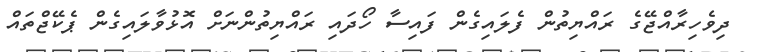
ދިވެހިރާއްޖޭގެ ރައްޔިތުން ފެލައިގެން ފައިސާ ހޯދައި ރައްޔިތުންނަށް އޮޅުވާލައިގެން ޕެކޭޖްތައް